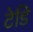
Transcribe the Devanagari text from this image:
टेडि